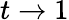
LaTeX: t\rightarrow 1